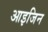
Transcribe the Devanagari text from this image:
आइजिन